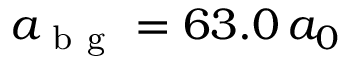
a _ { \mathrm { ~ b ~ g ~ } } = 6 3 . 0 \, a _ { 0 }